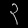
Digit: ၃